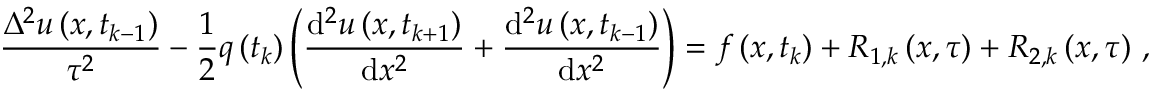
\frac { { \Delta } ^ { 2 } u \left( x , { t } _ { k - 1 } \right) } { { \tau } ^ { 2 } } - \frac { 1 } { 2 } q \left( { t } _ { k } \right) \left( \frac { \mathrm { d } ^ { 2 } u \left( x , { t } _ { k + 1 } \right) } { \mathrm { d } { x } ^ { 2 } } + \frac { \mathrm { d } ^ { 2 } u \left( x , { t } _ { k - 1 } \right) } { \mathrm { d } { x } ^ { 2 } } \right) = f \left( x , { t } _ { k } \right) + { R } _ { 1 , k } \left( x , \tau \right) + { R } _ { 2 , k } \left( x , \tau \right) \, ,